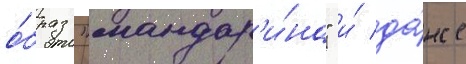
о́браз "мандар'и́на" и́ да́же